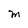
Character: M